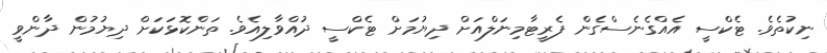
ނިކުތެވެ. ޓެކްސީ އެއްގެނެސްގެން ފެރީޓާމިނަލްއަށް ދިޔުމަށް ޓެކްސީ ދުއްވާލިއެވެ. ތަންކޮޅަކަށް ދިޔުމުން ދާންވީ